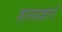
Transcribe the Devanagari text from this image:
शास्त्राज्ञांनी